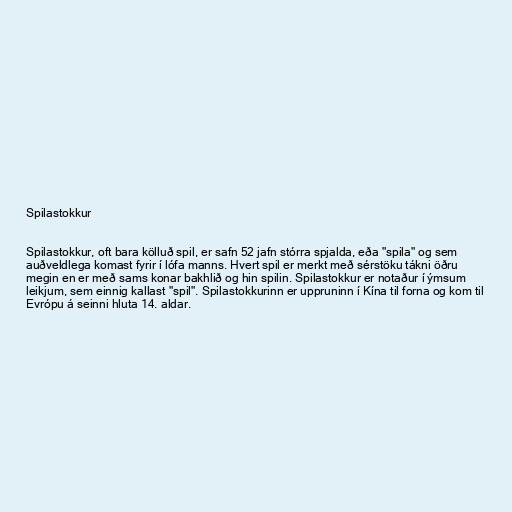
Spilastokkur

Spilastokkur, oft bara kölluð spil, er safn 52 jafn stórra spjalda, eða "spila" og sem
auðveldlega komast fyrir í lófa manns. Hvert spil er merkt með sérstöku tákni öðru
megin en er með sams konar bakhlið og hin spilin. Spilastokkur er notaður í ýmsum
leikjum, sem einnig kallast "spil". Spilastokkurinn er uppruninn í Kína til forna og kom til
Evrópu á seinni hluta 14. aldar.